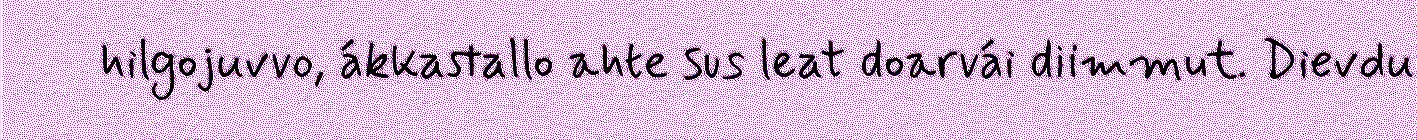
hilgojuvvo, ákkastallo ahte sus leat doarvái diimmut. Dievdu